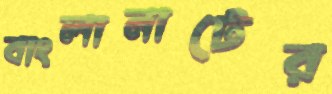
বাংলানাটের